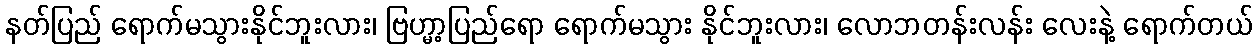
နတ်ပြည် ရောက်မသွားနိုင်ဘူးလား၊ ဗြဟ္မာ့ပြည်ရော ရောက်မသွား နိုင်ဘူးလား၊ လောဘတန်းလန်း လေးနဲ့ ရောက်တယ်